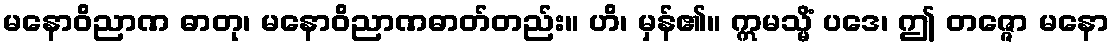
မနောဝိညာဏ ဓာတု၊ မနောဝိညာဏဓာတ်တည်း။ ဟိ၊ မှန်၏။ ဣမသ္မိံ ပဒေ၊ ဤ တဇ္ဇော မနော